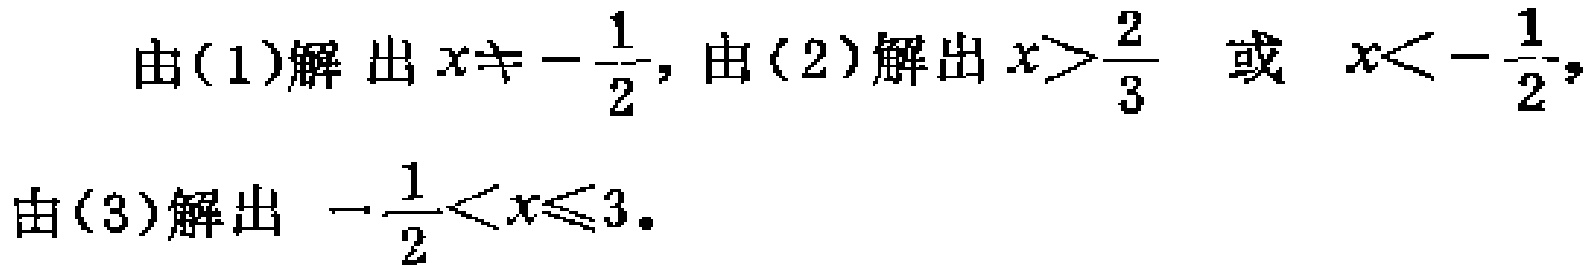
由(1)解出 \(x\neq -\frac{1}{2}\)，由(2)解出 \(x>\frac{2}{3}\) 或 \(x<-\frac{1}{2}\)，由(3)解出 \(-\frac{1}{2}<x\leqslant 3\)。